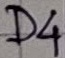
Text: D4